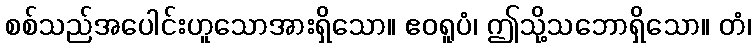
စစ်သည်အပေါင်းဟူသောအားရှိသော။ ဧဝရူပံ၊ ဤသို့သဘောရှိသော။ တံ၊